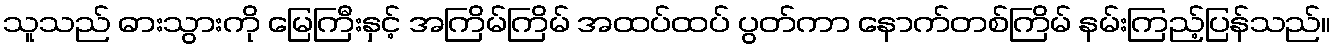
သူသည် ဓားသွားကို မြေကြီးနှင့် အကြိမ်ကြိမ် အထပ်ထပ် ပွတ်ကာ နောက်တစ်ကြိမ် နမ်းကြည့်ပြန်သည်။